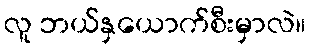
လူ ဘယ်နှယောက်စီးမှာလဲ။